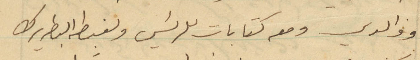
ووالدي ومعه كتابات للرئيس ولغبطه البطريرك